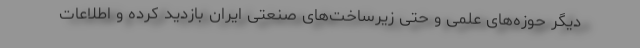
دیگر حوزه‌های علمی و حتی زیرساخت‌های صنعتی ایران بازدید کرده و اطلاعات